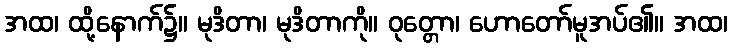
အထ၊ ထို့နောက်၌။ မုဒိတာ၊ မုဒိတာကို။ ဝုတ္တော၊ ဟောတော်မူအပ်၏။ အထ၊